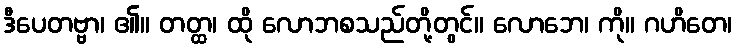
ဒီပေတဗ္ဗာ၊ ၏။ တတ္ထ၊ ထို လောဘစသည်တို့တွင်။ လောဘေ၊ ကို။ ဂဟိတေ၊